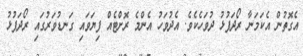
އެގޮތުން އެކަމަނާ ރޯދަފުޅު ދުވަހެކެވެ. އެދުވަހު އެންމެ ރޮށްޓެއް ފިޔަވައި ގަނޑުވަރުގައި ރޯދަފުޅު